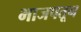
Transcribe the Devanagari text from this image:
भाजपतून